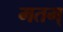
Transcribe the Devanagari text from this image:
मतम्